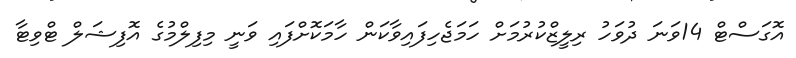
އޮގަސްޓް 14ވަނަ ދުވަހު ރިލީޒްކުރުމަށް ހަމަޖެހިފައިވާކަން ހާމަކޮށްފައި ވަނީ މިފިލްމުގެ އޮފިޝަލް ޓްވިޓާ